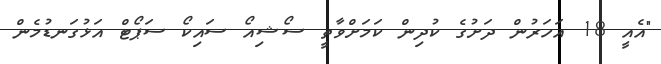
"އެއީ 18 އަހަރުން ދަށުގެ ކުދިން ކަމަށްވާތީ ސޯޝިއޯ ސައިކޯ ސަޕޯޓް އަޅުގަނޑުމެން